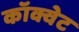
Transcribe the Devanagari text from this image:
कॉक्वेट